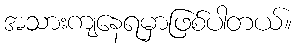
အသားကျနေရမှာဖြစ်ပါတယ်။